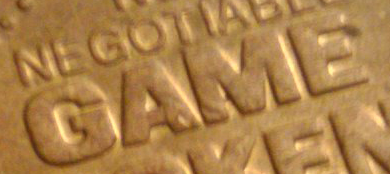
GAME